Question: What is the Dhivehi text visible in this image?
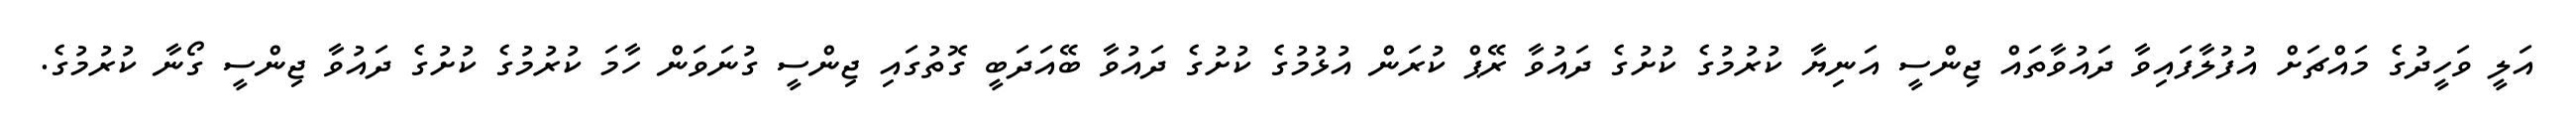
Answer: އަލީ ވަހީދުގެ މައްޗަށް އުފުލާފައިވާ ދައުވާތައް ޖިންސީ އަނިޔާ ކުރުމުގެ ކުށުގެ ދައުވާ ރޭޕް ކުރަން އުޅުމުގެ ކުށުގެ ދައުވާ ބޭއަދަބީ ގޮތުގައި ޖިންސީ ގުނަވަން ހާމަ ކުރުމުގެ ކުށުގެ ދައުވާ ޖިންސީ ގޯނާ ކުރުމުގެ.